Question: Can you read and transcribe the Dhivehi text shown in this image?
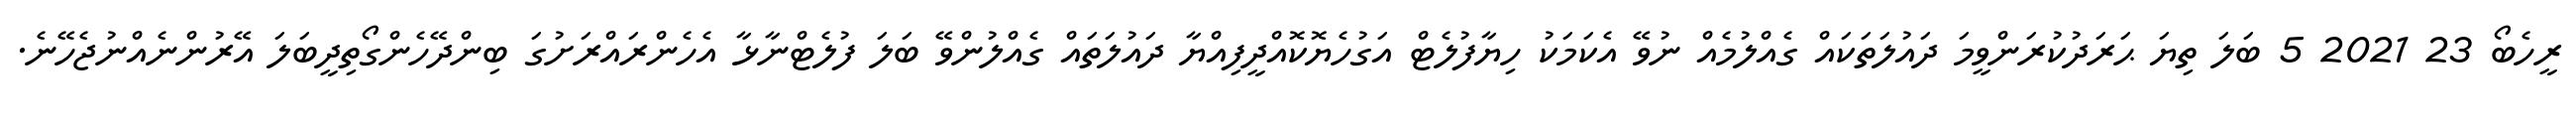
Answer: ރީހެބޯ 23 2021 5 ބަލަ ތިޔަ ޙަރަދުކުރަންވީމަ ދައުލަތަކައް ގެއްލުމެއް ނުވޭ އެކަމަކު ހިޔާފުލެޓް އަގުހެޔޮކޮއްދީފިއްޔާ ދައުލަތައް ގެއްލުންވޭ ބަލަ ފުލެޓްނާޅާ އެހެންރައްރަށުގަ ބިންދޭހެންގޯތިދީބަލަ އޭރުންނެއްނުޖެހޭނެ.